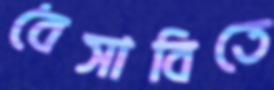
বৈসাবিতে